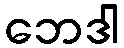
ဘေဒါ